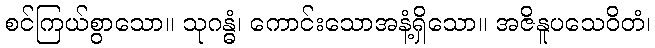
စင်ကြယ်စွာသော။ သုဂန္ဓံ၊ ကောင်းသောအနံ့ရှိသော။ အဇိနူပသေဝိတံ၊